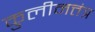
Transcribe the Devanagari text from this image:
कुलीनत्तंत्र